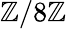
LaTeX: \mathbb{Z}/8\mathbb{Z}